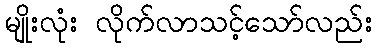
မျိုးလုံး လိုက်လာသင့်သော်လည်း